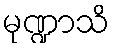
မုဏ္ဍာသိ